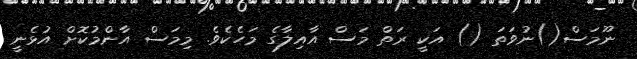
ނޫމަސް()ނުވަތަ () އަކީ ރަތް މަސް އާއިލާގެ މަހެކެވެ. މިމަސް އާންމުކޮށް އުޅެނީ